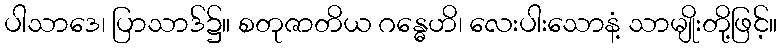
ပါသာဒေ၊ ပြာသာဒ်၌။ စတုဇာတိယ ဂန္ဓေဟိ၊ လေးပါးသောနံ့ သာမျိုးတို့ဖြင့်။